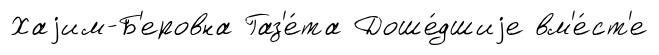
Хаjим-Б'еровна Газ'е́та Доше́дшиjе вм'е́ст'е